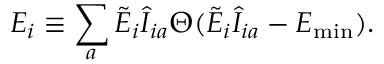
E _ { i } \equiv \sum _ { a } \tilde { E } _ { i } \hat { \cal I } _ { i a } \Theta ( \tilde { E } _ { i } \hat { \cal I } _ { i a } - E _ { \mathrm { m i n } } ) .